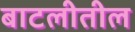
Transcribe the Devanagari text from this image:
बाटलीतील